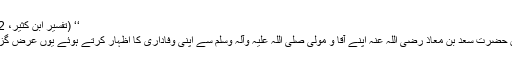
‘‘ (تفسیر ابن کثیر، 2 : 288)
مزید براں حضرت سعد بن معاذ رضی اللہ عنہ اپنے آقا و مولیٰ صلی اللہ علیہ وآلہ وسلم سے اپنی وفاداری کا اظہار کرتے ہوئے یوں عرض گزار ہوئے۔